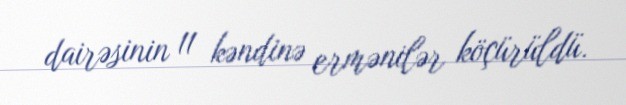
dairəsinin 11 kəndinə ermənilər köçürüldü.